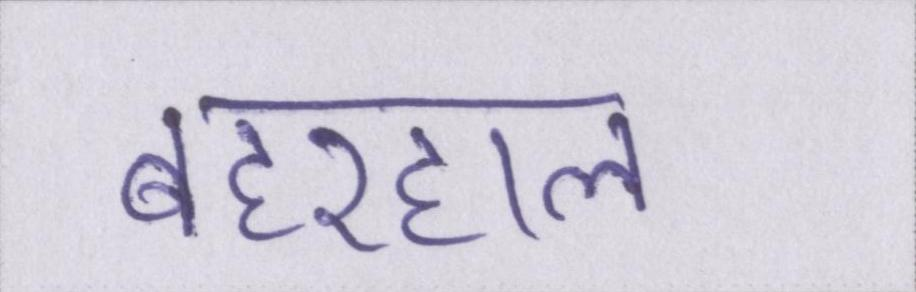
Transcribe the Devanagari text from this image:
बहरहाल